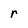
Character: r